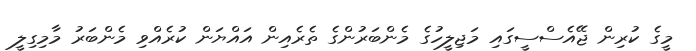
މީގެ ކުރިން ޖޭއެސްސީގައި މަޖިލީހުގެ މެންބަރުންގެ ތެރެއިން އައްޔަން ކުރެއްވި މެންބަރު މާމިގިލީ